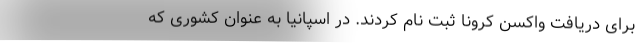
برای دریافت واکسن کرونا ثبت نام کردند. در اسپانیا به عنوان کشوری که